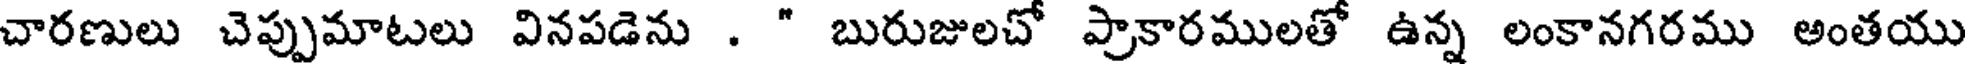
చారణులు చెప్పుమాటలు వినపడెను . " బురుజులచో ప్రాకారములతో ఉన్న లంకానగరము అంతయు